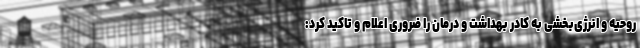
روحیه و انرژی‌بخشی به کادر بهداشت و درمان را ضروری اعلام و تاکید کرد: